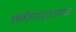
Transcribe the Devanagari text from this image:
छत्तीसगढराज्याचा